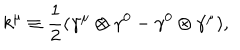
k ^ { \mu } \equiv \frac { 1 } { 2 } ( { \gamma } ^ { \mu } \otimes { \gamma } ^ { 0 } - { \gamma } ^ { 0 } \otimes { \gamma } ^ { \mu } ) ,